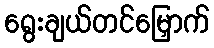
ရွေးချယ်တင်မြှောက်